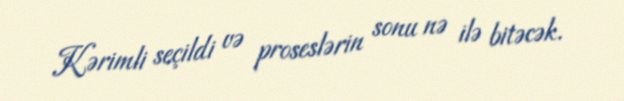
Kərimli seçildi və proseslərin sonu nə ilə bitəcək.